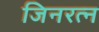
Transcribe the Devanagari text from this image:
जिनरत्न